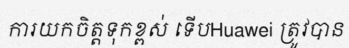
ការយកចិត្តទុកខ្ពស់ ទើបHuawei ត្រូវបាន